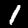
Digit: 1